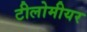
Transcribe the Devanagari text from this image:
टीलोमीयर